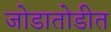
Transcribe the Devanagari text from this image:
जोडातोडीत